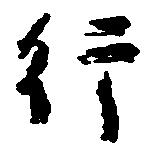
行